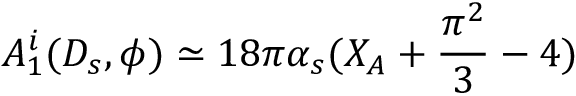
A _ { 1 } ^ { i } ( D _ { s } , \phi ) \simeq 1 8 \pi \alpha _ { s } ( X _ { A } + \frac { \pi ^ { 2 } } { 3 } - 4 )